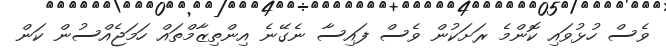
ވެސް ހުޅުވައި ކޮންމެ ރަށަކުން ވެސް ފައިސާ ނެގޭނެ އިންތިޒާމްތައް ހަމަޖެއްސުން ކަން